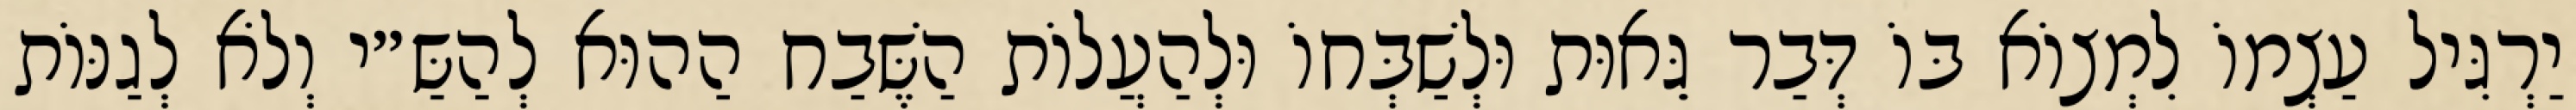
יַרְגִּיל עַצְמוֹ לִמְצוֹא בּוֹ דְּבַר גֵּאוּת וּלְשַׁבְּחוֹ וּלְהַעֲלוֹת הַשֶּׁבַח הַהוּא לְהַשַּ״י וְלֹא לְגַנּוֹת